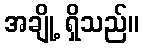
အချို့ ရှိသည်။